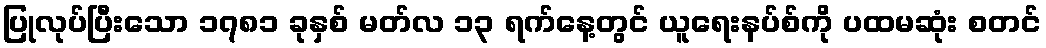
ပြုလုပ်ပြီးသော ၁၇၈၁ ခုနှစ် မတ်လ ၁၃ ရက်နေ့တွင် ယူရေးနပ်စ်ကို ပထမဆုံး စတင်